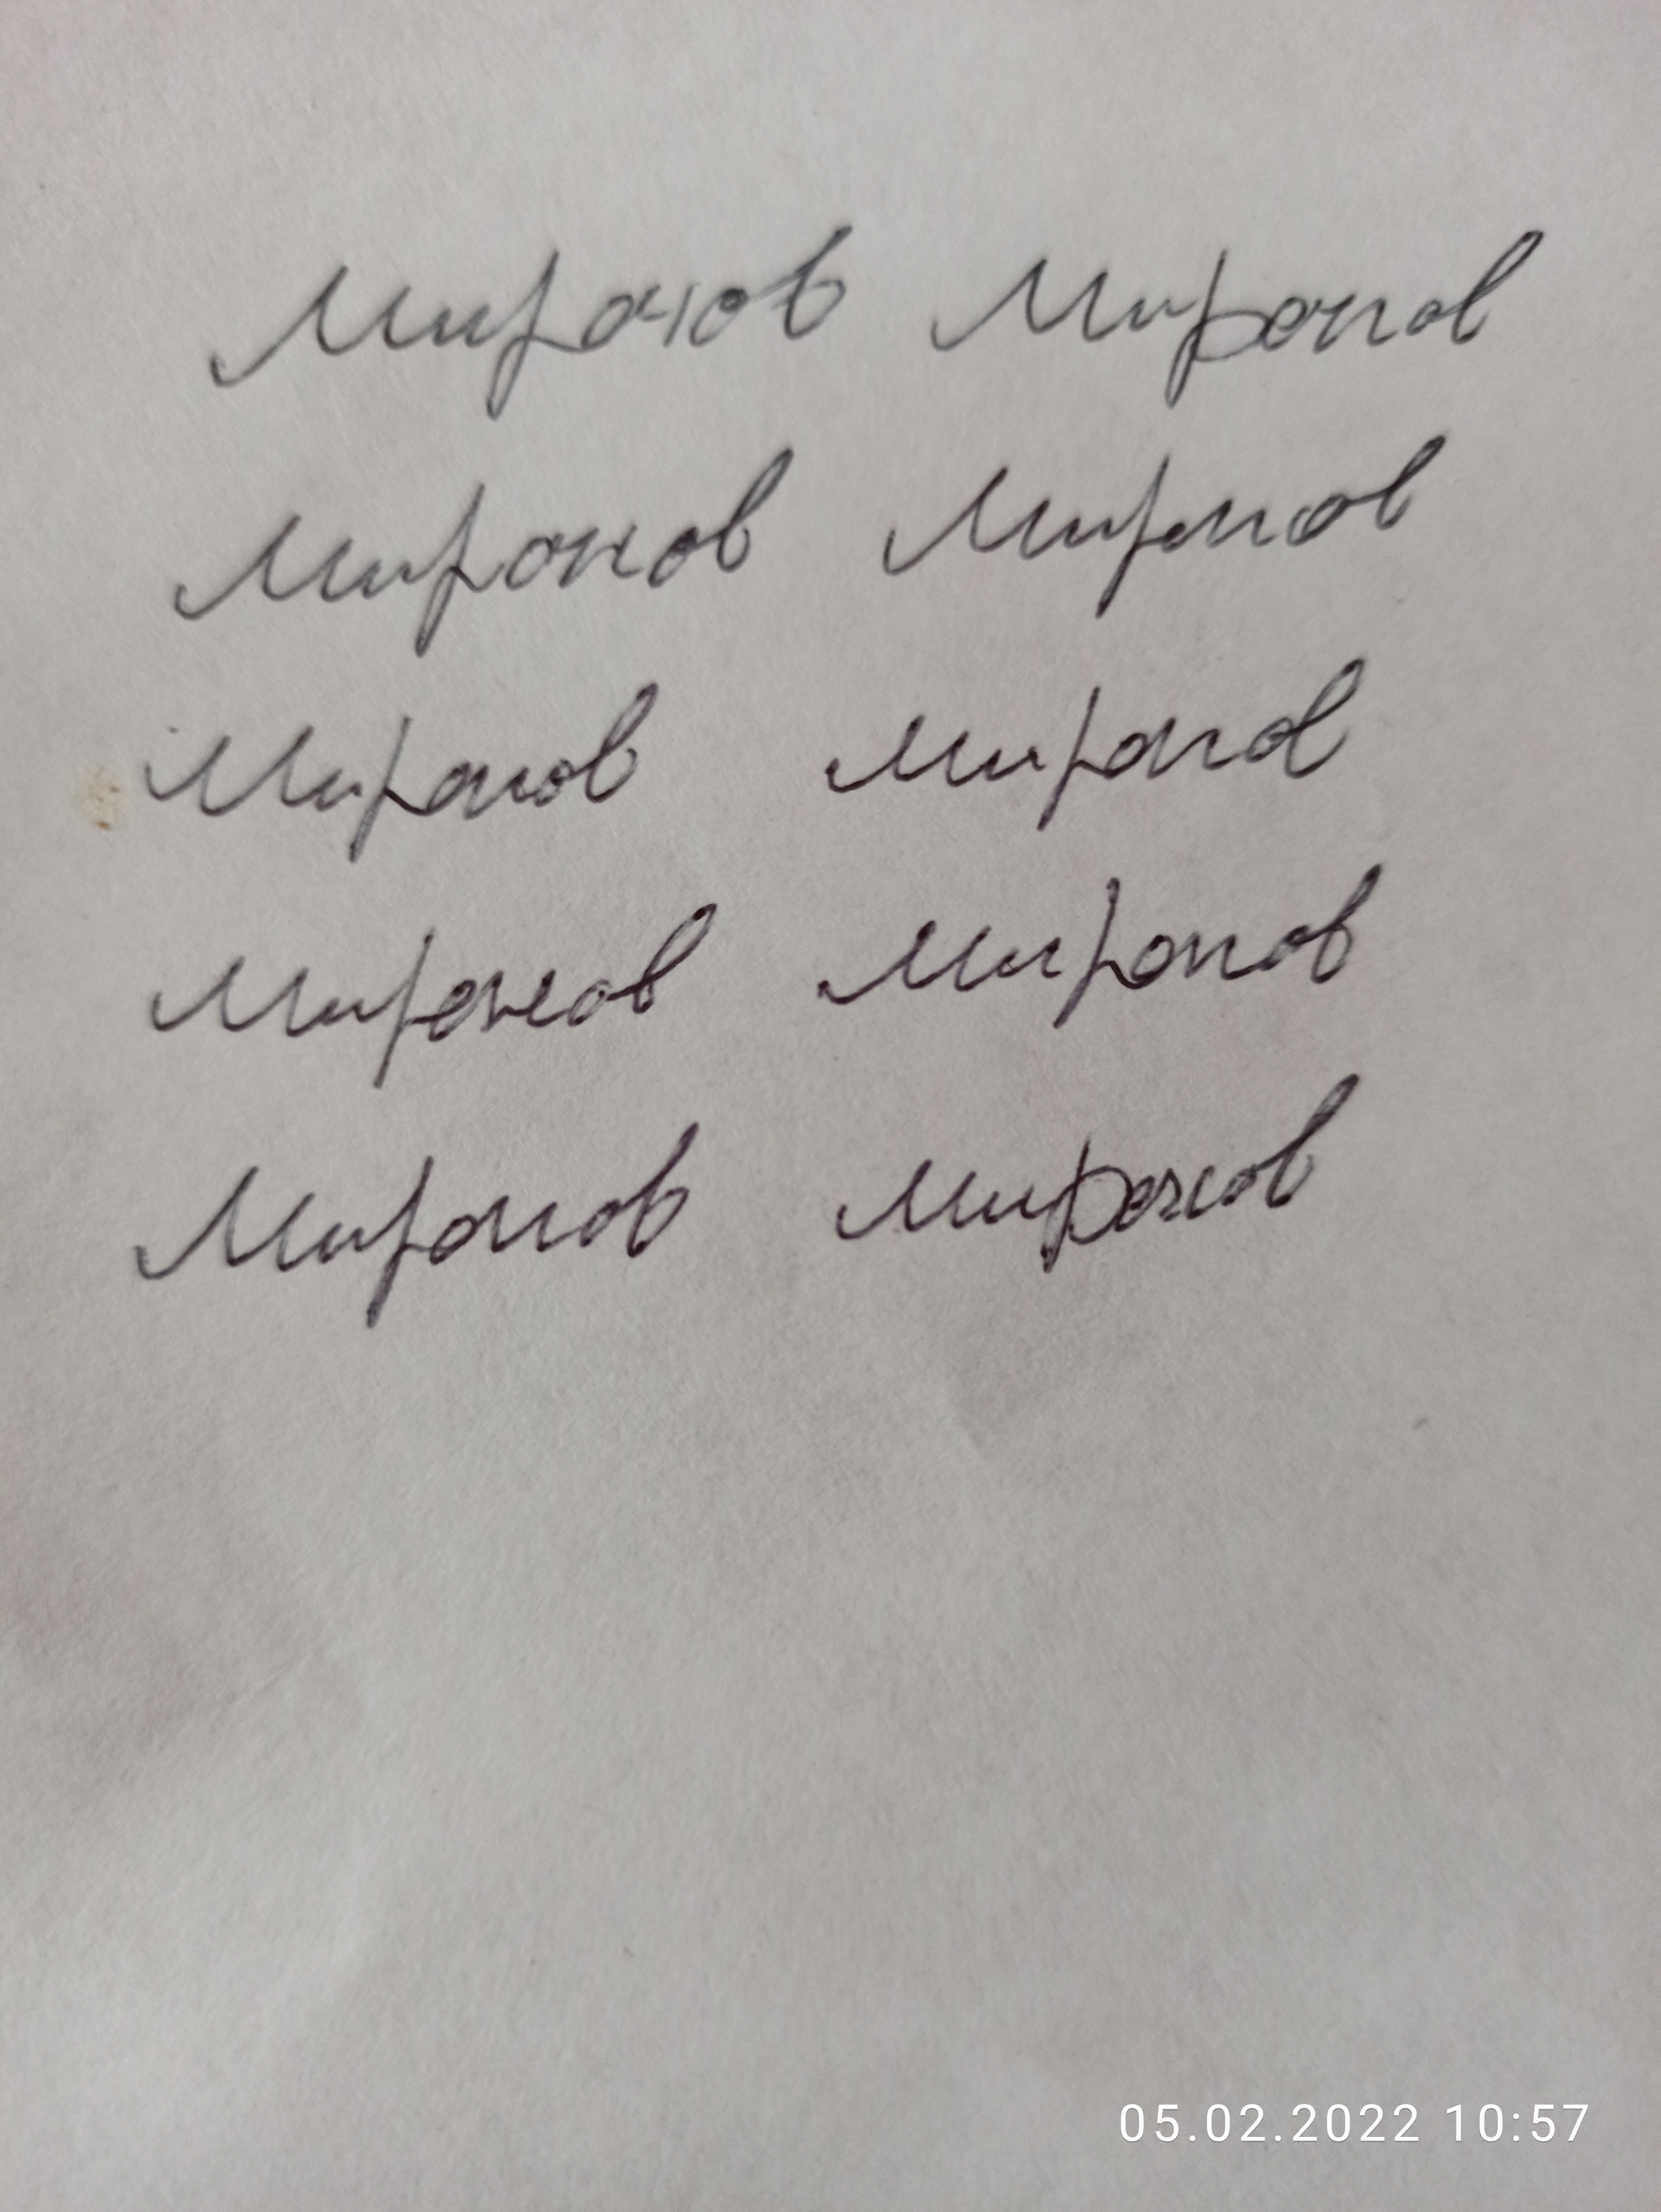
Signature authenticity: forged